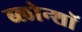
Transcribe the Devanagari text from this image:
ब्लोन्शॉ